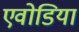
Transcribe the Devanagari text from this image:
एवोडिया